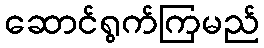
ဆောင်ရွက်ကြမည်